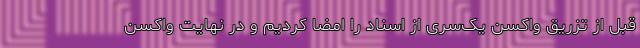
قبل از تزریق واکسن یک‌سری از اسناد را امضا کردیم و در نهایت واکسن